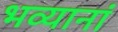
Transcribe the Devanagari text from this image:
भव्यानां